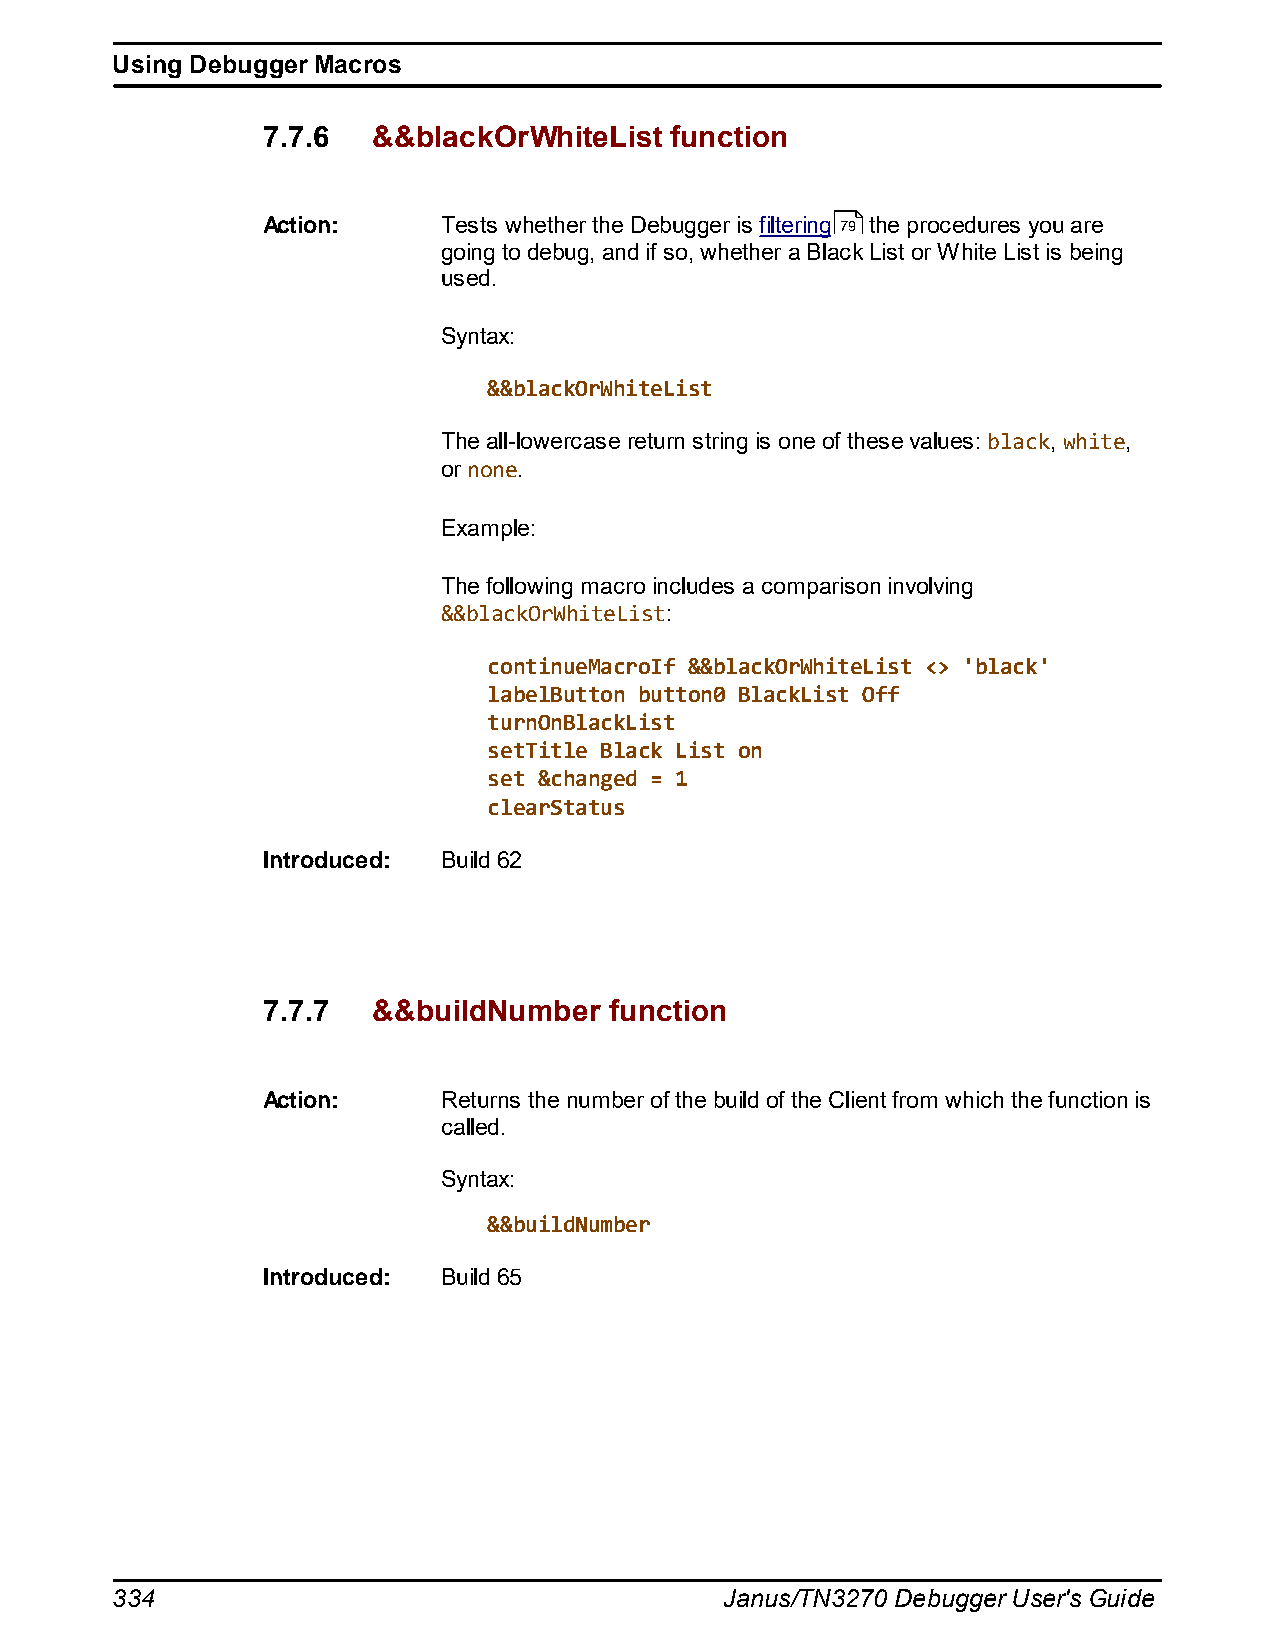
Using Debugger Macros
 7.7.6   &&blackOrWhiteList function
 Action:     Tests whether the Debugger is filtering 79 the procedures you are
 going to debug, and if so, whether a Black List or White List is being
 used.
 Syntax:
 &&blackOrWhiteList
 The all-lowercase return string is one of these values: black, white,
 or none.
 Example:
 The following macro includes a comparison involving
 &&blackOrWhiteList:
 continueMacroIf &&blackOrWhiteList <> 'black'
 labelButton button0 BlackList Off
 turnOnBlackList
 setTitle Black List on
 set &changed = 1
 clearStatus
 Introduced: Build 62
 7.7.7   &&buildNumber  function
 Action:     Returns the number of the build of the Client from which the function is
 called.
 Syntax:
 &&buildNumber
 Introduced: Build 65
 334                                      Janus/TN3270 Debugger User's Guide